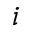
i